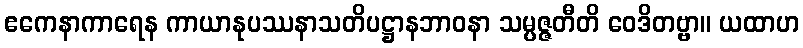
ဧကေနာကာရေန ကာယာနုပဿနာသတိပဋ္ဌာနဘာဝနာ သမ္ပဇ္ဇတီတိ ဝေဒိတဗ္ဗာ။ ယထာဟ